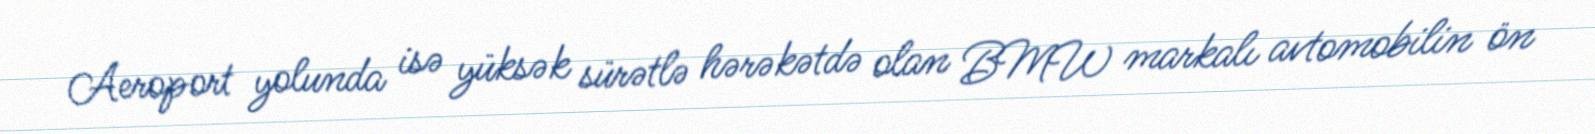
Aeroport yolunda isə yüksək sürətlə hərəkətdə olan BMW markalı avtomobilin ön